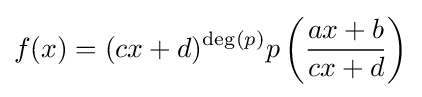
f(x)=(cx+d)^{\deg(p)}p\left({\frac {ax+b}{cx+d}}\right)